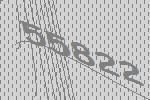
55822